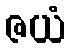
ဇယံ